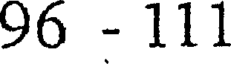
96 - 111